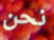
نحن